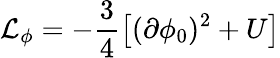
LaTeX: {\cal L}_{\phi}=-\frac{3}{4}\left[(\partial\phi_{0})^{2}+U\right]